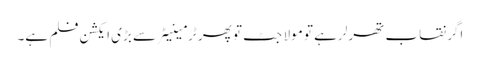
اگر نقاب تھرلر ہے تو مولا جٹ تو پھر ٹرمینیٹر سے بڑی ایکشن فلم ہے۔